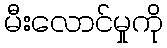
မီးလောင်မှုကို